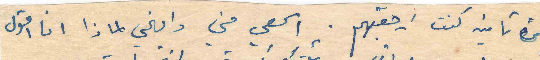
مرة تانيه كنت ارجعتهم . اسمعي مني وافهمي لماذا انا اقول